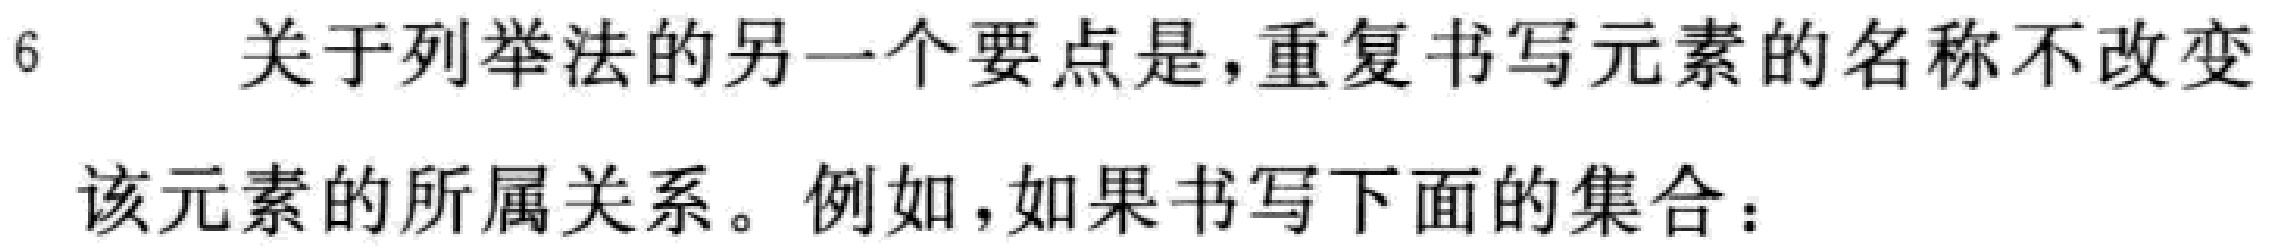
6 关于列举法的另一个要点是,重复书写元素的名称不改变

该元素的所属关系。例如,如果书写下面的集合：